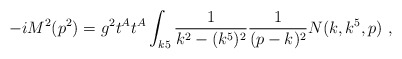
\begin{align*}-i M^2(p^2) = g^2 t^A t^A \int_{k5} {1\over k^2 - (k^5)^2} {1\over (p-k)^2} N(k,k^5,p)\ ,\end{align*}